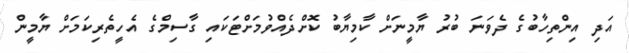
އަދި އިންތިހާބުގެ ދެވަނަ ބުރު ޔާމީނަށް ކާމިޔާބު ކޮށްދެއްވުމަށްޓަކައި ގާސިމްގެ އެހީތެރިކަމަށް ޔާމީން